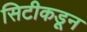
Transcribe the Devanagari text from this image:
सिटीकडून